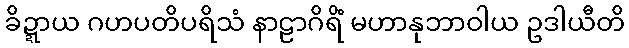
ခိဍ္ဍာယ ဂဟပတိပရိသံ နာဠာဂိရိံ မဟာနုဘာဝါယ ဥဒါယီတိ